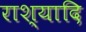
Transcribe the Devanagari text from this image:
राश्यादि